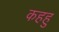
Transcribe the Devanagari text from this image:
कहहु